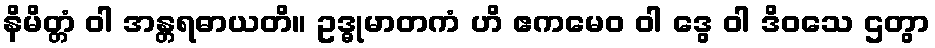
နိမိတ္တံ ဝါ အန္တရဓာယတိ။ ဥဒ္ဓုမာတကံ ဟိ ဧကမေဝ ဝါ ဒွေ ဝါ ဒိဝသေ ဌတွာ